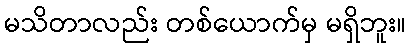
မသိတာလည်း တစ်ယောက်မှ မရှိဘူး။